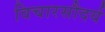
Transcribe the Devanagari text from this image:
विचारसौदर्य